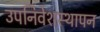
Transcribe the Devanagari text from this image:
उपनिवेशस्थापन